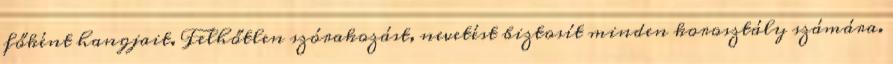
főként hangjait. Felhőtlen szórakozást, nevetést biztosít minden korosztály számára.